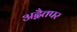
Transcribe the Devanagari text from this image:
अद्वैतपर